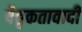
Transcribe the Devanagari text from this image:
पैतृकतावादी